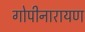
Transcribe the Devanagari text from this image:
गोपीनारायण